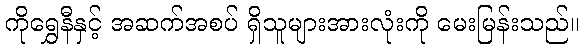
ကိုရွှေနီနှင့် အဆက်အစပ် ရှိသူများအားလုံးကို မေးမြန်းသည်။